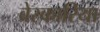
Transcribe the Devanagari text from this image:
बेस्कारिया